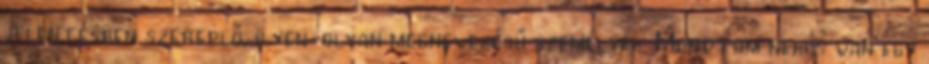
jelentésben szereplő, ilyen-olyan megneve­zésű személyek. Mondtam neki: van egy